system: You are a helpful assistant.
user:
Analyze the provided spectrum to determine if it is a **"Cataclysmic Variables (CV)"**.

- **Key Indicators for CV (Check for either state):**
    - **State 1: Quiescent / Low-State (Emission-Dominated)**
        - **(Primary):** Strong and *very broad* Hydrogen Balmer emission lines (e.g., $H\alpha$ at 6563 Å, $H\beta$ at 4861 Å). The 'broadness' (high velocity dispersion, often FWHM > 1000 km/s) is the key diagnostic, indicating a high-velocity accretion disk.
        - **(Secondary):** Broad neutral Helium (He I) emission lines (e.g., 5876 Å, 6678 Å).
        - **(Key Confirmation):** Presence of high-excitation *ionized* Helium (He II) emission at 4686 Å. This is a strong indicator of accretion onto a white dwarf.
        - **(Line Profile):** Emission lines may exhibit a 'double-peaked' profile, which is a classic signature of a rotating accretion disk viewed at high inclination.

    - **State 2: Outburst / High-State (Absorption-Dominated)**
        - **(Primary):** Spectrum is dominated by a bright, blue continuum (looks like a hot star).
        - **(Secondary):** The emission lines from State 1 are weak, absent, or 'filled in', and are replaced by broad, shallow *absorption* lines (primarily Balmer and He I).
        - **(Morphology):** The overall spectrum mimics a hot B/A-type star. The crucial difference is that the absorption lines are significantly broader, shallower, and more 'washed-out' (or 'smeared') than the sharp lines of a normal stellar photosphere, due to high rotational speeds and pressure broadening in the disk.

Think first, call **spectral_visualization_tool** if needed to examine features in detail, then provide your final answer. Your response must adhere to the following strict rules:
1.  **Overall Structure:** Your response must follow the format `<think>...</think> <tool_call>...</tool_call> (if a tool is used) <answer>...</answer>`.
2.  **Tool Usage Constraint:** You may only make **one** tool call per turn.
3.  **Final Answer Format:** In the `<answer>` tag, your conclusion must be inside a `\boxed{}` command (e.g., `\boxed{YES}`), followed by your justification.

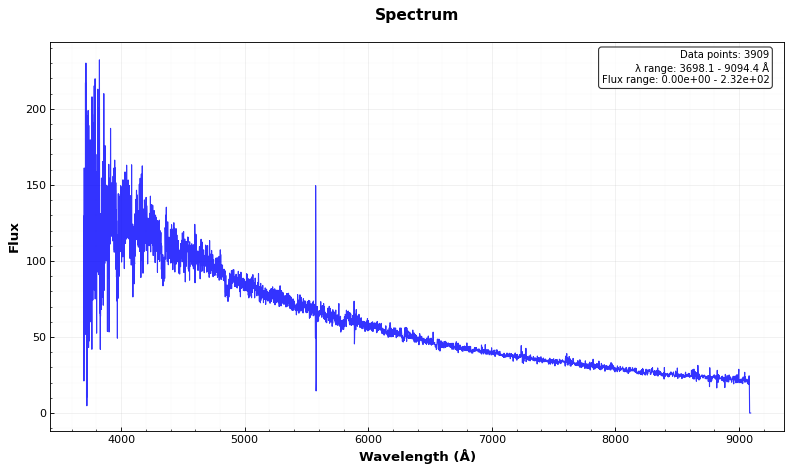
Answer: YES